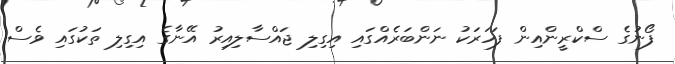
ފޯނުގެ ސްކްރީންއިން ފަހަރަކު ނަންބަރެއްގައި އިގިލި ޖައްސާލިއިރު އޭނާގެ އިގިލި ތަކުގައި ވެސް